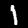
Digit: 1